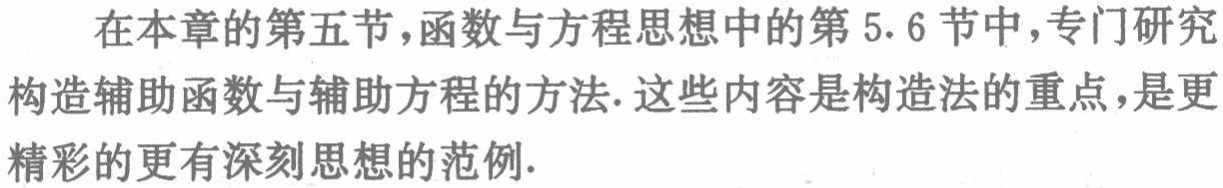
在本章的第五节，函数与方程思想中的第5.6节中，专门研究构造辅助函数与辅助方程的方法. 这些内容是构造法的重点，是更精彩的更有深刻思想的范例.